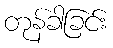
တုန်ခါခြင်း